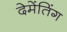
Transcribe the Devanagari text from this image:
देमेंतिंग